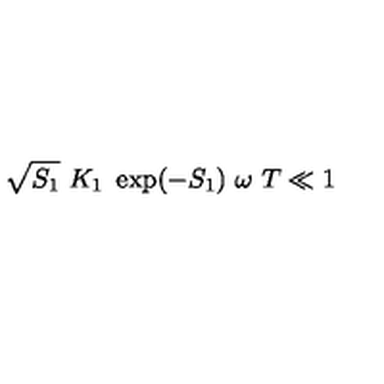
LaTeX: \sqrt { S _ { 1 } } \ K _ { 1 } \ \exp ( - S _ { 1 } ) \ \omega \ T \ll 1